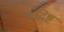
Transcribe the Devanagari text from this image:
उदिष्ट